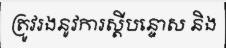
ត្រូវរងនូវការស្តីបន្ទោស និង